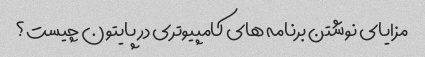
مزایای نوشتن برنامه های کامپیوتری در پایتون چیست؟